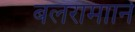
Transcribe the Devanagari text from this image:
बलरामााने